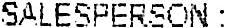
SALESPERSON :